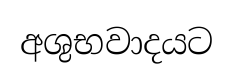
අශුභවාදයට